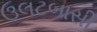
ઉલટબાસી